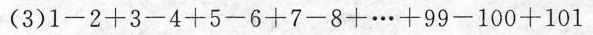
(3) $$1 - 2 + 3 - 4 + 5 - 6 + 7 - 8 + \cdots + 9 9 - 1 0 0 + 1 0 1$$